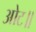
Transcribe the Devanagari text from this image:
ओट॥